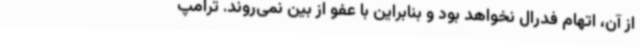
از آن، اتهام فدرال نخواهد بود و بنابراین با عفو از بین نمی‌روند. ترامپ